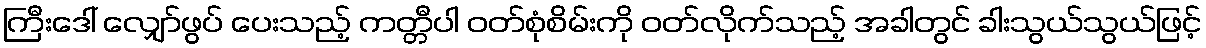
ကြီးဒေါ် လျှော်ဖွပ် ပေးသည့် ကတ္တီပါ ဝတ်စုံစိမ်းကို ဝတ်လိုက်သည့် အခါတွင် ခါးသွယ်သွယ်ဖြင့်